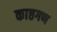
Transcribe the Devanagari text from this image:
काष्ठगण